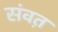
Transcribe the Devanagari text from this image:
संवत़